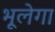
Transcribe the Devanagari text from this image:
भूलेगा